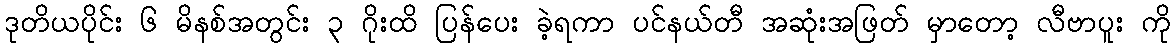
ဒုတိယပိုင်း ၆ မိနစ်အတွင်း ၃ ဂိုးထိ ပြန်ပေး ခဲ့ရကာ ပင်နယ်တီ အဆုံးအဖြတ် မှာတော့ လီဗာပူး ကို